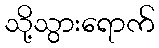
သို့သွားရောက်